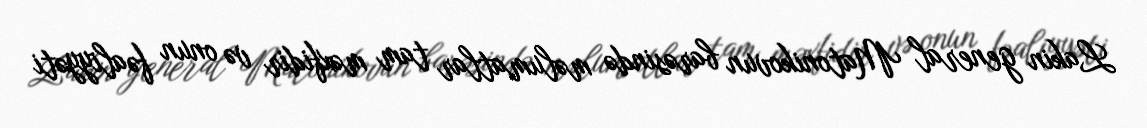
Lakin general Matonikovun barəsində məlumatlar tam məxfidir və onun fəaliyyəti